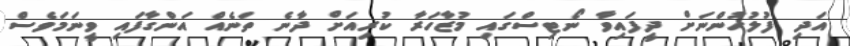
އަދި ފުލުހުންނަށް ދީފައިވާ ނޯޓިސްގައި މުޒާހަރާ ކުރިއަށް ދާނެ ތަނެއް އަންގާފައި ވީނަމަވެސް